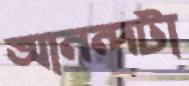
আনন্দটা